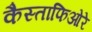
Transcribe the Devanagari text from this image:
कैस्ताफिओरे